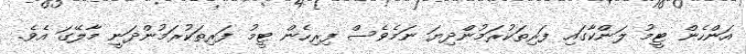
އަންހެން ޓީމު ލަންކާގައި ފަރިތަކުރަމުންދިޔަ ނަމެވެސް ފިރިހެން ޓީމު ފަރިތަކުރަމުންދަނީ މާލޭގަ އެވެ.